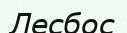
Лесбос